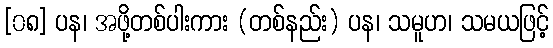
[၀၈] ပန၊ အဖို့တစ်ပါးကား (တစ်နည်း) ပန၊ သမူဟ၊ သမယဖြင့်